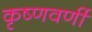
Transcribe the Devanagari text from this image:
कृष्णवर्णी